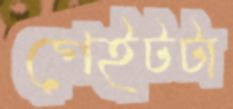
গেইটটা